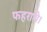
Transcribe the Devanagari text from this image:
फहराये।